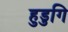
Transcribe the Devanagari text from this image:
हुडुगि